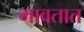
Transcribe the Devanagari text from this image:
मावतात